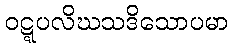
ဝဋ္ဋပလိဃသဒိသောပမာ